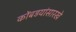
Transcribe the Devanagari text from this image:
कोंबडयांसारखे